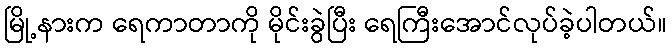
မြို့နားက ရေကာတာကို မိုင်းခွဲပြီး ရေကြီးအောင်လုပ်ခဲ့ပါတယ်။